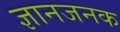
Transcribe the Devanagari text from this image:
ज्ञानजनक